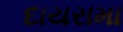
દાયરામા